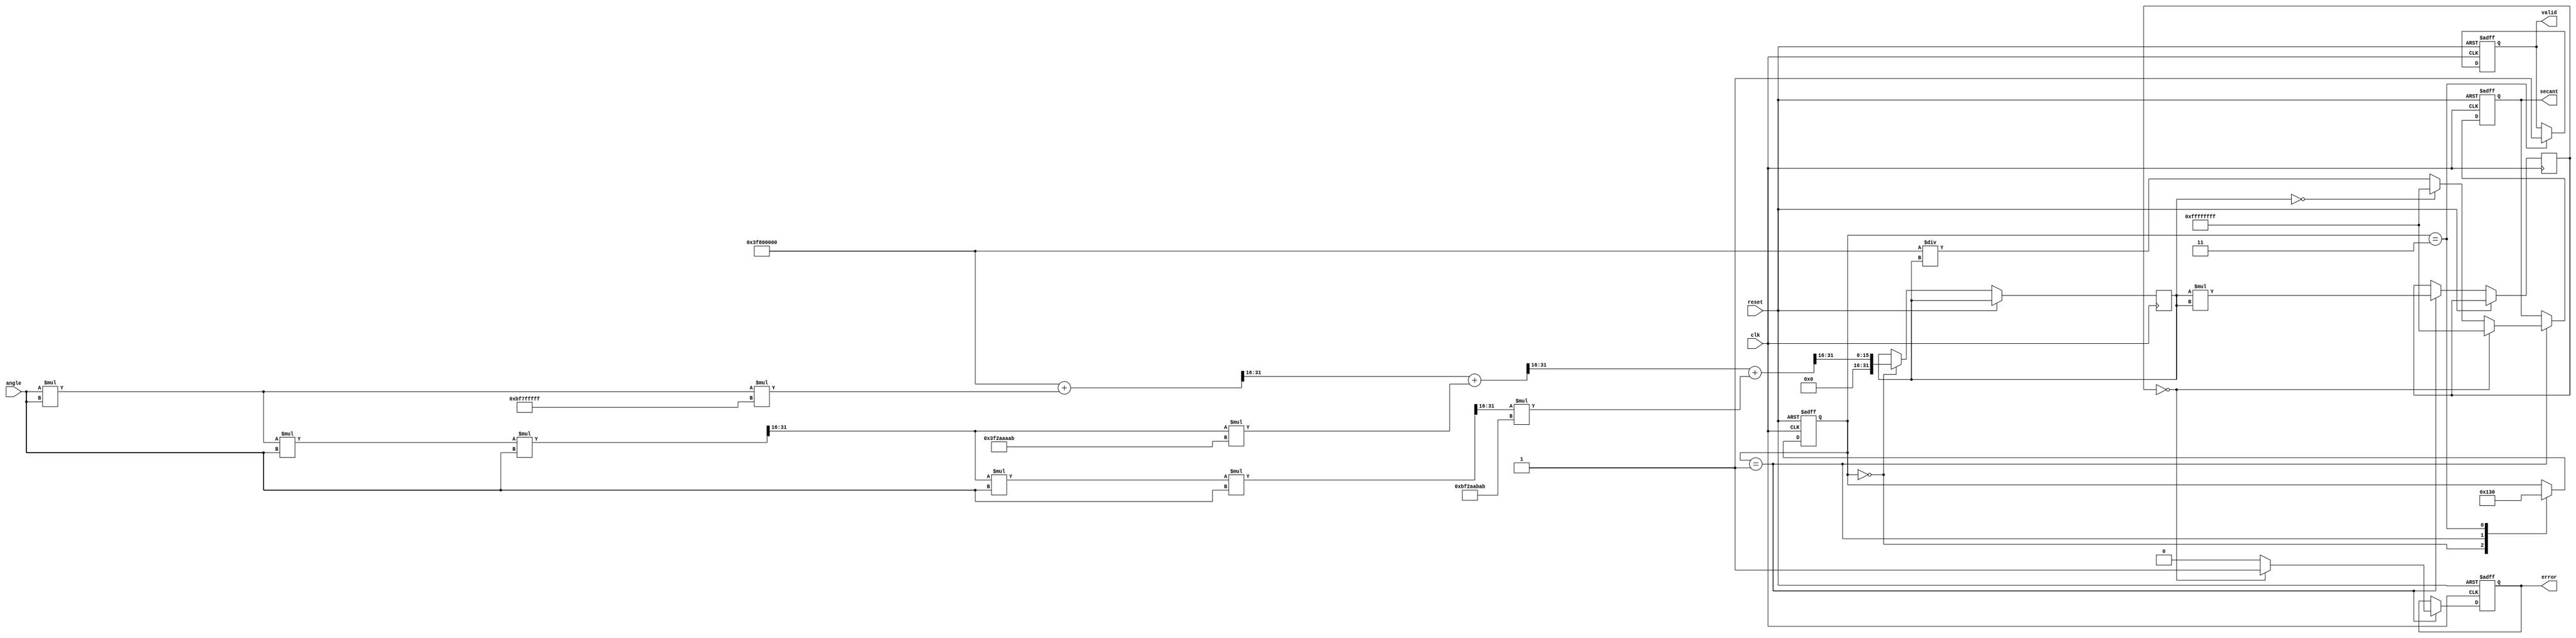
module secant_calculator (
    input wire clk,
    input wire reset,
    input wire [15:0] angle, // Input angle in radians (fixed-point format)
    output reg [31:0] secant, // Output secant value
    output reg valid, // Valid output flag
    output reg error // Error flag for division by zero
);

    // Internal signals
    reg [31:0] cosine; // Cosine output
    reg [31:0] cosine_squared; // For checking division by zero
    reg [3:0] state; // State for control logic

    // State definitions
    localparam IDLE = 0;
    localparam COSINE_CALC = 1;
    localparam RECIPROCAL_CALC = 2;
    localparam DONE = 3;

    // Taylor series coefficients for cosine
    localparam C0 = 32'h3F800000; // 1.0 in fixed-point
    localparam C1 = 32'hBF7FFFFF; // -1/2 in fixed-point
    localparam C2 = 32'h3F2AAAAB; // 1/24 in fixed-point
    localparam C3 = 32'hBF2AABAB; // -1/720 in fixed-point

    // Cosine calculation using Taylor series expansion
    function [31:0] calculate_cosine(input [15:0] x);
        reg [31:0] term;
        reg [31:0] result;
        integer i;
        begin
            result = C0; // Start with 1.0
            term = x * x; // x^2
            result = result + (term * C1) >> 16; // -x^2/2
            term = (term * x * x) >> 16; // x^4
            result = result + (term * C2) >> 16; // +x^4/24
            term = (term * x * x) >> 16; // x^6
            result = result + (term * C3) >> 16; // -x^6/720
            calculate_cosine = result;
        end
    endfunction

    // Reciprocal calculation
    function [31:0] calculate_reciprocal(input [31:0] value);
        begin
            if (value == 0) begin
                calculate_reciprocal = 32'hFFFFFFFF; // Return max value for error
            end else begin
                calculate_reciprocal = (32'h3F800000 / value); // Simple division
            end
        end
    endfunction

    // Main state machine
    always @(posedge clk or posedge reset) begin
        if (reset) begin
            state <= IDLE;
            secant <= 0;
            valid <= 0;
            error <= 0;
        end else begin
            case (state)
                IDLE: begin
                    // Start cosine calculation
                    cosine <= calculate_cosine(angle);
                    state <= COSINE_CALC;
                end
                COSINE_CALC: begin
                    cosine_squared <= cosine * cosine; // Store cosine for division check
                    if (cosine_squared == 0) begin
                        error <= 1; // Division by zero
                        secant <= 32'hFFFFFFFF; // Set secant to max value
                        state <= DONE;
                    end else begin
                        secant <= calculate_reciprocal(cosine);
                        error <= 0;
                        state <= DONE;
                    end
                end
                DONE: begin
                    valid <= 1; // Output is valid
                    state <= IDLE; // Go back to idle
                end
            endcase
        end
    end
endmodule